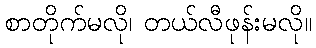
စာတိုက်မလို၊ တယ်လီဖုန်းမလို။